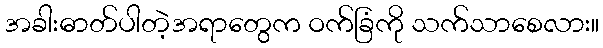
အခါးဓာတ်ပါတဲ့အရာတွေက ဝက်ခြံကို သက်သာစေလား။